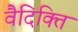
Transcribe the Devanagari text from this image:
वैदिक्ति